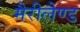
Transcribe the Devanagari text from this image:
मैरीलैण्ड